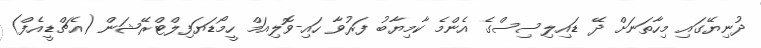
ދުނިޔޭގައި މިހާތަނަށް ދޭ ޑައިލިސިސްގެ އެންމެ ކާމިޔާބު ފަރުވާ ހައި-ވޮލިއަމް ހީމޯޑަޔަފިލްޓްރޭޝަން (އެޗްޑީއެފް)